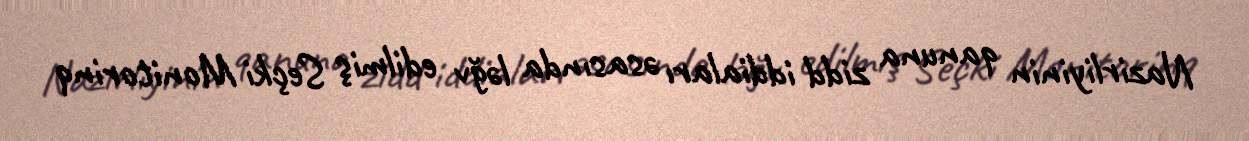
Nazirliyinin qanuna zidd iddiaları əsasında ləğv edilmiş Seçki Monitorinq